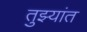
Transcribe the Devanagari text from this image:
तुझ्यांत